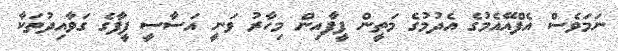
ނަމަވެސް އެފްއޭއެމުގެ އެދުމުގެ މަތީން ފީފާއިން މިހާރު ވަނީ އަސާސީ ފީފާގެ ގަވާއިދުތަކާ